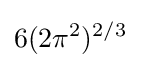
6(2\pi ^{2})^{2/3}